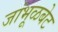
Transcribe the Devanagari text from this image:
जांभूळबेट